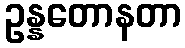
ဥန္နတောနတာ